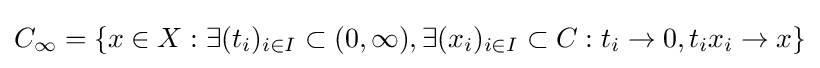
C_{\infty }=\{x\in X:\exists (t_{i})_{i\in I}\subset (0,\infty ),\exists (x_{i})_{i\in I}\subset C:t_{i}\to 0,t_{i}x_{i}\to x\}